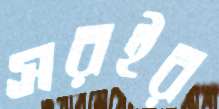
সরইর